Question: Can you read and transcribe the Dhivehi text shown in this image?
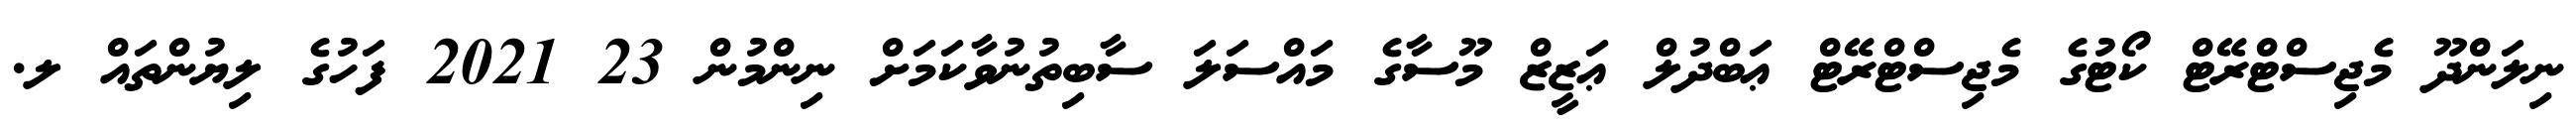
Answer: ނިލަންދޫ މެޖިސްޓްރޭޓް ކޯޓުގެ މެޖިސްޓްރޭޓް ޢަބްދުލް ޢަޒީޒް މޫސާގެ މައްސަލަ ސާބިތުނުވާކަމަށް ނިންމުން 23 2021 ފަހުގެ ލިޔުންތައް ލ.